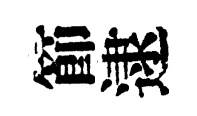
節逮